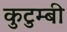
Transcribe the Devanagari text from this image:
कुटुम्बी